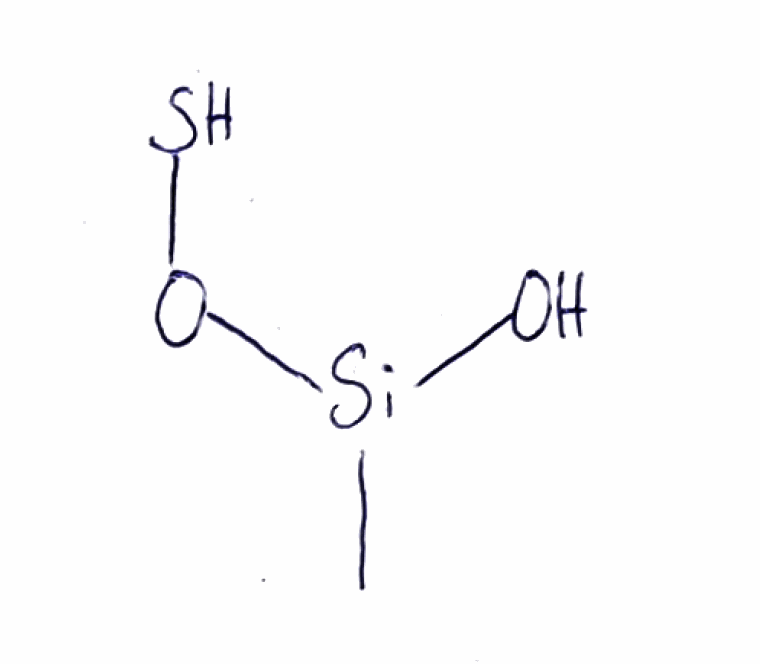
Simplified molecular-input line-entry system (SMILES) notation of the given molecule:
C[Si](O)OS